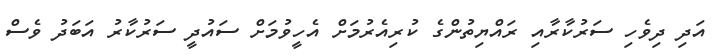
އަދި ދިވެހި ސަރުކާރާއި ރައްޔިތުންގެ ކުރިއެރުމަށް އެހީވުމަށް ސައުދީ ސަރުކާރު އަބަދު ވެސް